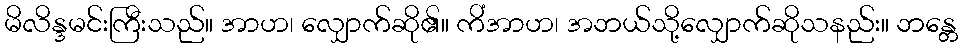
မိလိန္ဒမင်းကြီးသည်။ အာဟ၊ လျှောက်ဆို၏။ ကိံအာဟ၊ အဘယ်သို့လျှောက်ဆိုသနည်း။ ဘန္တေ